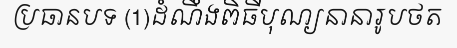
ប្រធានបទ (1)ដំណឹងពិធីបុណ្យនានារូបថត